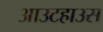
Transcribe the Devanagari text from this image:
आउटहाउस